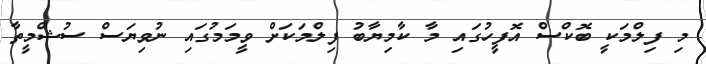
މި ފިލްމަކީ ބޮކްސް އޮފީހުގައި މާ ކާމިޔާބު ފިލްމަކަށް ވީމަމުގައި ނުވިޔަސް ސުޝްމީތާ